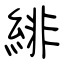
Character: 緋